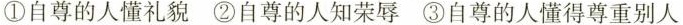
①自尊的人懂礼貌 ②自尊的人知荣辱 ③自尊的人懂得尊重别人